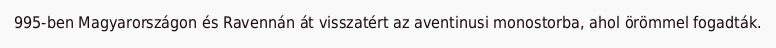
995-ben Magyarországon és Ravennán át visszatért az aventinusi monostorba, ahol örömmel fogadták.